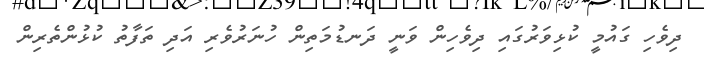
ދިވެހި ގައުމީ ކުޅިވަރުގައި ދިވެހިން ވަނީ ދަނޑުމަތިން ހުނަރުވެރި އަދި ތަފާތު ކުޅުންތެރިން